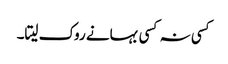
کسی نہ کسی بہانے روک لیتا۔